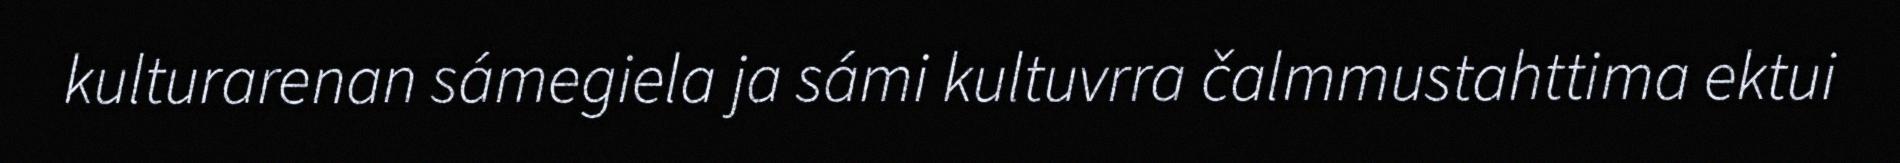
kulturarenan sámegiela ja sámi kultuvrra čalmmustahttima ektui